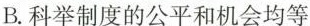
B.科举制度的公平和机会均等